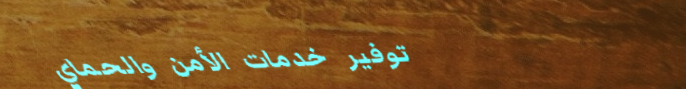
توفير خدمات الأمن والحماي